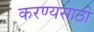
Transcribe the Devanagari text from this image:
करण्यसाठी